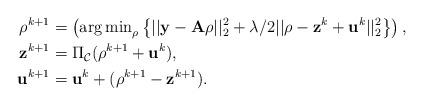
LaTeX: \begin{align*}\rho^{k+1} &= \left({\arg \min}_{\rho}\left\{ ||\mathbf{y}- \mathbf{A} \rho||_2^2 + \lambda/2 ||\rho- \mathbf{z}^k +\mathbf{u}^k||_2^2\right\}\right), \\\mathbf{z}^{k+1} &= \Pi_{\mathcal{C}}(\rho^{k+1} + \mathbf{u}^k), \\\mathbf{u}^{k+1} &= \mathbf{u}^k + (\rho^{k+1} - \mathbf{z}^{k+1}).\end{align*}